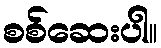
စစ်ဆေးပါ။